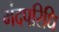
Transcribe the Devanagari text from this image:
मंदपरिधि